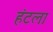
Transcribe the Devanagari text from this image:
हंटला